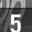
Digit: 5